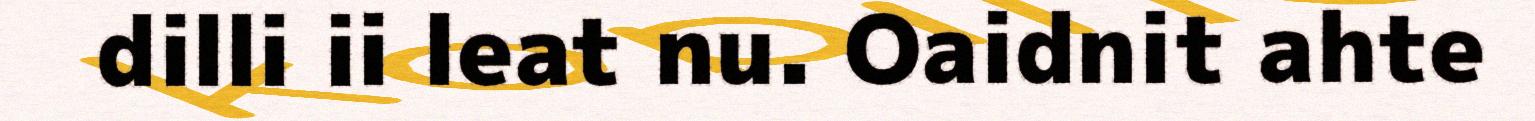
dilli ii leat nu. Oaidnit ahte